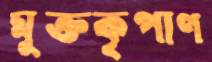
মুক্তকৃপাণ